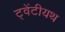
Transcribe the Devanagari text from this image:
ट्वेंटीयथ